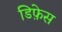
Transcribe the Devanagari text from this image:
डिफ़ेस